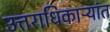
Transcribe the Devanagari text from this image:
उत्तराधिकाऱ्यांत